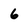
Character: 6